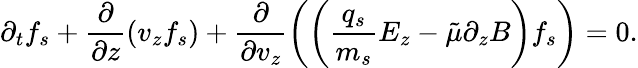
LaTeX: \partial_{t}f_{s}+\frac{\partial}{\partial z}\left(v_{z}{f_{s}}\right)+\frac{\partial}{\partial v_{z}}\left(\left(\frac{q_{s}}{m_{s}}E_{z}-\tilde{\mu}\partial_{z}B\right){f_{s}}\right)=0.